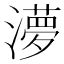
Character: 𭲿